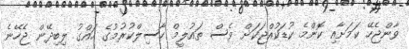
ވާންޖެހޭ ކަމަށާއި ކޮންމެ ކުޑަކުއްޖަކަށް ވެސް ތައުލީމް ހާސިލްކުރުމުގެ ހައްގު ލިބިދޭން ޖެހޭނެ